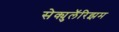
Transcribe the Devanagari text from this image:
सेक्युलॅरिझम